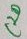
Text: C20